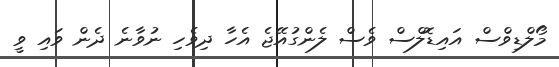
މޯލްޑިވްސް އައިޑޮލްސް ވެސް ލެންގުއޭޖެ އެހާ ދިވެހި ނުވާނެ ދެން ވައި ވީ